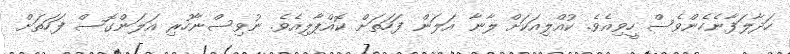
ހަދާލަފާނެހެންވެސް ހީވިއެވެ. ކުއްލިއަކަށް ލާނާ އަލަން ފަހަތަށް ކޮއްޕާލިއެވެ. ނުވިސްނާހުރި އަލަންގޮސް ފަހަތަށް